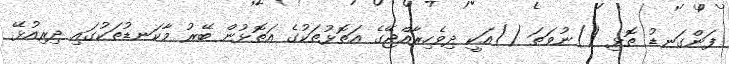
ފަންގަނޑު ތޮޅި ()ނުވަތަ ()އަކީ ދިވެހިރާއްޖޭގެ އަތޮޅުތަކުގެ އަތޮޅުން ބޭރު މާކަނޑުތަކުގައި ދިރިއުޅޭ